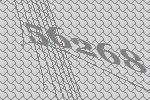
56268